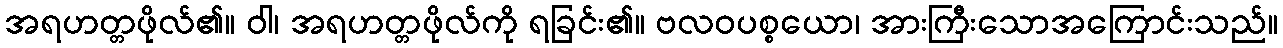
အရဟတ္တဖိုလ်၏။ ဝါ၊ အရဟတ္တဖိုလ်ကို ရခြင်း၏။ ဗလဝပစ္စယော၊ အားကြီးသောအကြောင်းသည်။